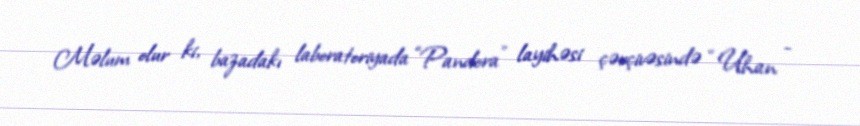
Məlum olur ki, bazadakı laboratoriyada “Pandora” layihəsi çərçivəsində “Uhan -